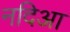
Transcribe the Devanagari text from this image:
नदिआ